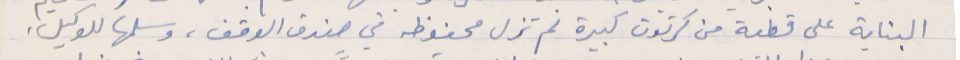
البناية على قطعة من كرتون كبيرة لم تزل محفوظه في صندق الوقف، وسلمها للوكيل،